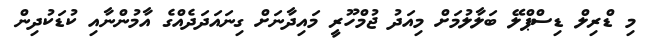
މި ޑްރިލް ޑިސްޕްލޭ ބަލާލުމަށް މިއަދު ޖުމްހޫރީ މައިދާނަށް ގިނައަދަދެއްގެ އާމުންނާއި ކުޑަކުދިން